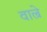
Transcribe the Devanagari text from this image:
वाल्रे